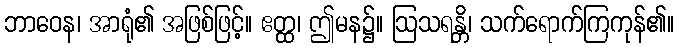
ဘာဝေန၊ အာရုံ၏ အဖြစ်ဖြင့်။ ဧတ္ထ၊ ဤမန၌။ ဩသရန္တိ၊ သက်ရောက်ကြကုန်၏။